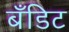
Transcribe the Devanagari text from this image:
बँडिट